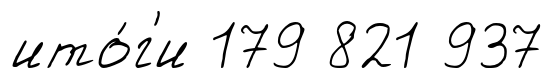
ито́г'и 179 821 937